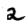
Digit: 2